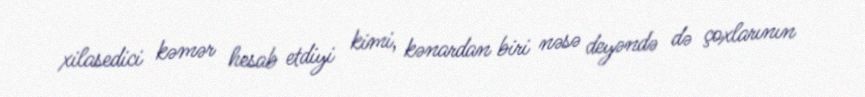
xilasedici kəmər hesab etdiyi kimi, kənardan biri nəsə deyəndə də çoxlarının